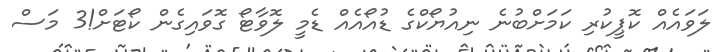
ލަވައެއް ކޮޕީކުރި ކަމަށްބުނެ ނިއުޔޯކްގެ ޑުއޯއެއް ޑެމީ ލޮވާޓޯ ގޮވައިގެން ކޯޓަށް!3 މަސް